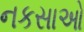
નકસાઓ